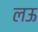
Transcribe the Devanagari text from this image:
लऊ